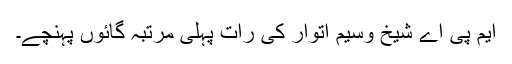
ایم پی اے شیخ وسیم اتوار کی رات پہلی مرتبہ گائوں پہنچے۔